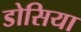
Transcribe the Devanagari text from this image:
डोसिया